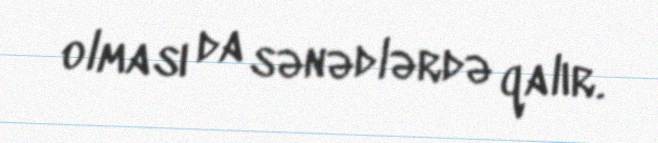
olması da sənədlərdə qalır.